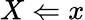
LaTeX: X\Leftarrow x